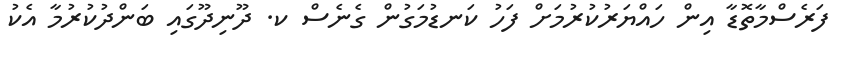
ފަރެސްމާތޮޑާ އިން ހައްޔަރުކުރުމަށް ފަހު ކަނޑުމަގުން ގެނެސް ކ. ދޫނިދޫގައި ބަންދުކުރުމާ އެކު